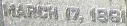
MARCH (7, 1881